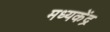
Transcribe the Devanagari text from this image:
मध्यकेंद्र